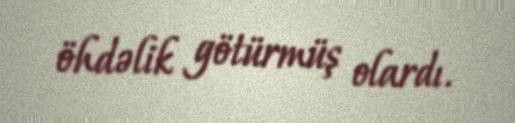
öhdəlik götürmüş olardı.